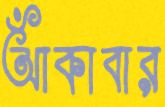
আঁকাবার